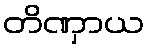
တိဏှာယ